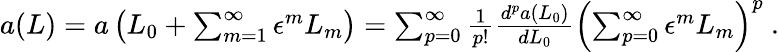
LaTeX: \begin{array}{r}{a(L)=a\left(L_{0}+\sum_{m=1}^{\infty}\epsilon^{m}L_{m}\right)=\sum_{p=0}^{\infty}\frac{1}{p!}\frac{d^{p}a(L_{0})}{dL_{0}}\left(\sum_{p=0}^{\infty}\epsilon^{m}L_{m}\right)^{p}\ .}\end{array}